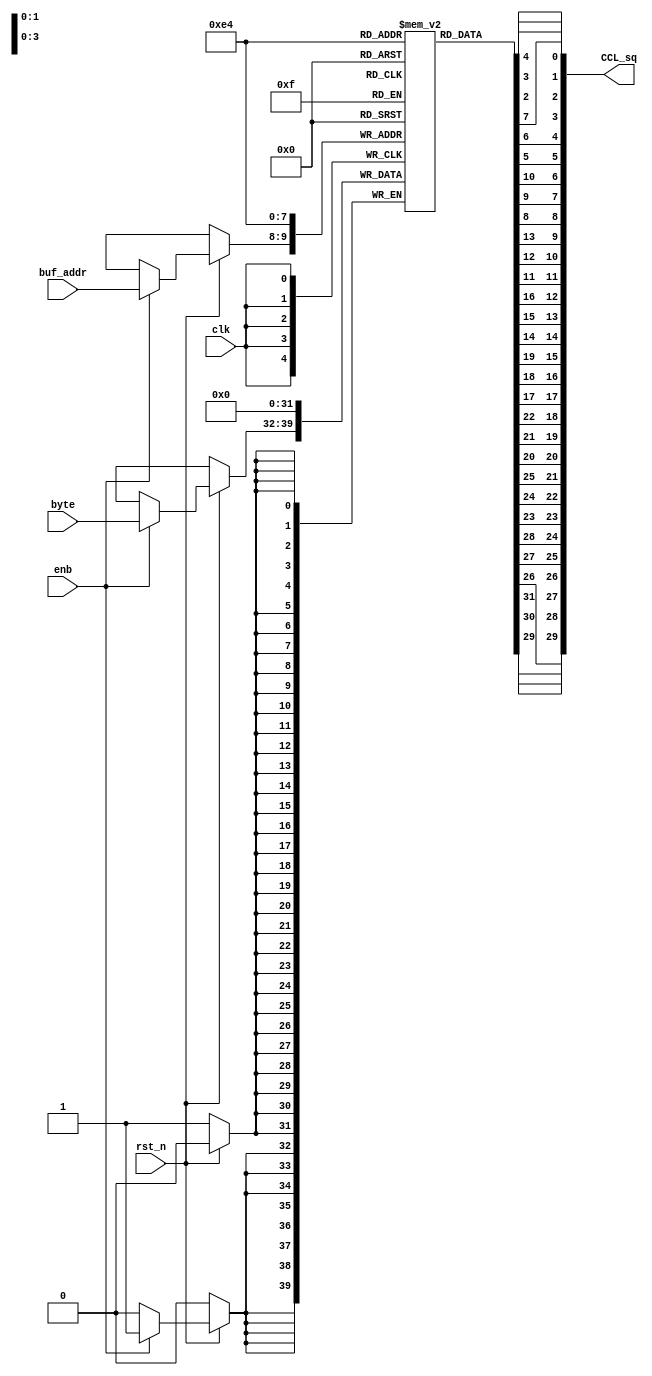
module Byte_buf(input wire        clk,rst_n,
                input wire        enb,
                input wire[1:0]   buf_addr,
                input wire[7:0]   byte,
                output wire[29:0] CCL_sq);

    reg[7:0] Bbuf[3:0];

    always @(posedge clk) begin
        if(!rst_n)begin
            Bbuf[0] <= 8'b0;
            Bbuf[1] <= 8'b0;
            Bbuf[2] <= 8'b0;
            Bbuf[3] <= 8'b0;
        end
        else if(enb)begin
            Bbuf[buf_addr] <= byte;
        end
    end

    assign CCL_sq = {Bbuf[3][5],Bbuf[3][6],Bbuf[3][7],
                     Bbuf[3][2],Bbuf[3][3],Bbuf[3][4],
                     Bbuf[2][7],Bbuf[3][0],Bbuf[3][1],
                     Bbuf[2][4],Bbuf[2][5],Bbuf[2][6],
                     Bbuf[2][1],Bbuf[2][2],Bbuf[2][3],
                     Bbuf[1][6],Bbuf[1][7],Bbuf[2][0],
                     Bbuf[1][3],Bbuf[1][4],Bbuf[1][5],
                     Bbuf[1][0],Bbuf[1][1],Bbuf[1][2],
                     Bbuf[0][5],Bbuf[0][6],Bbuf[0][7],
                     Bbuf[0][2],Bbuf[0][3],Bbuf[0][4]};
endmodule